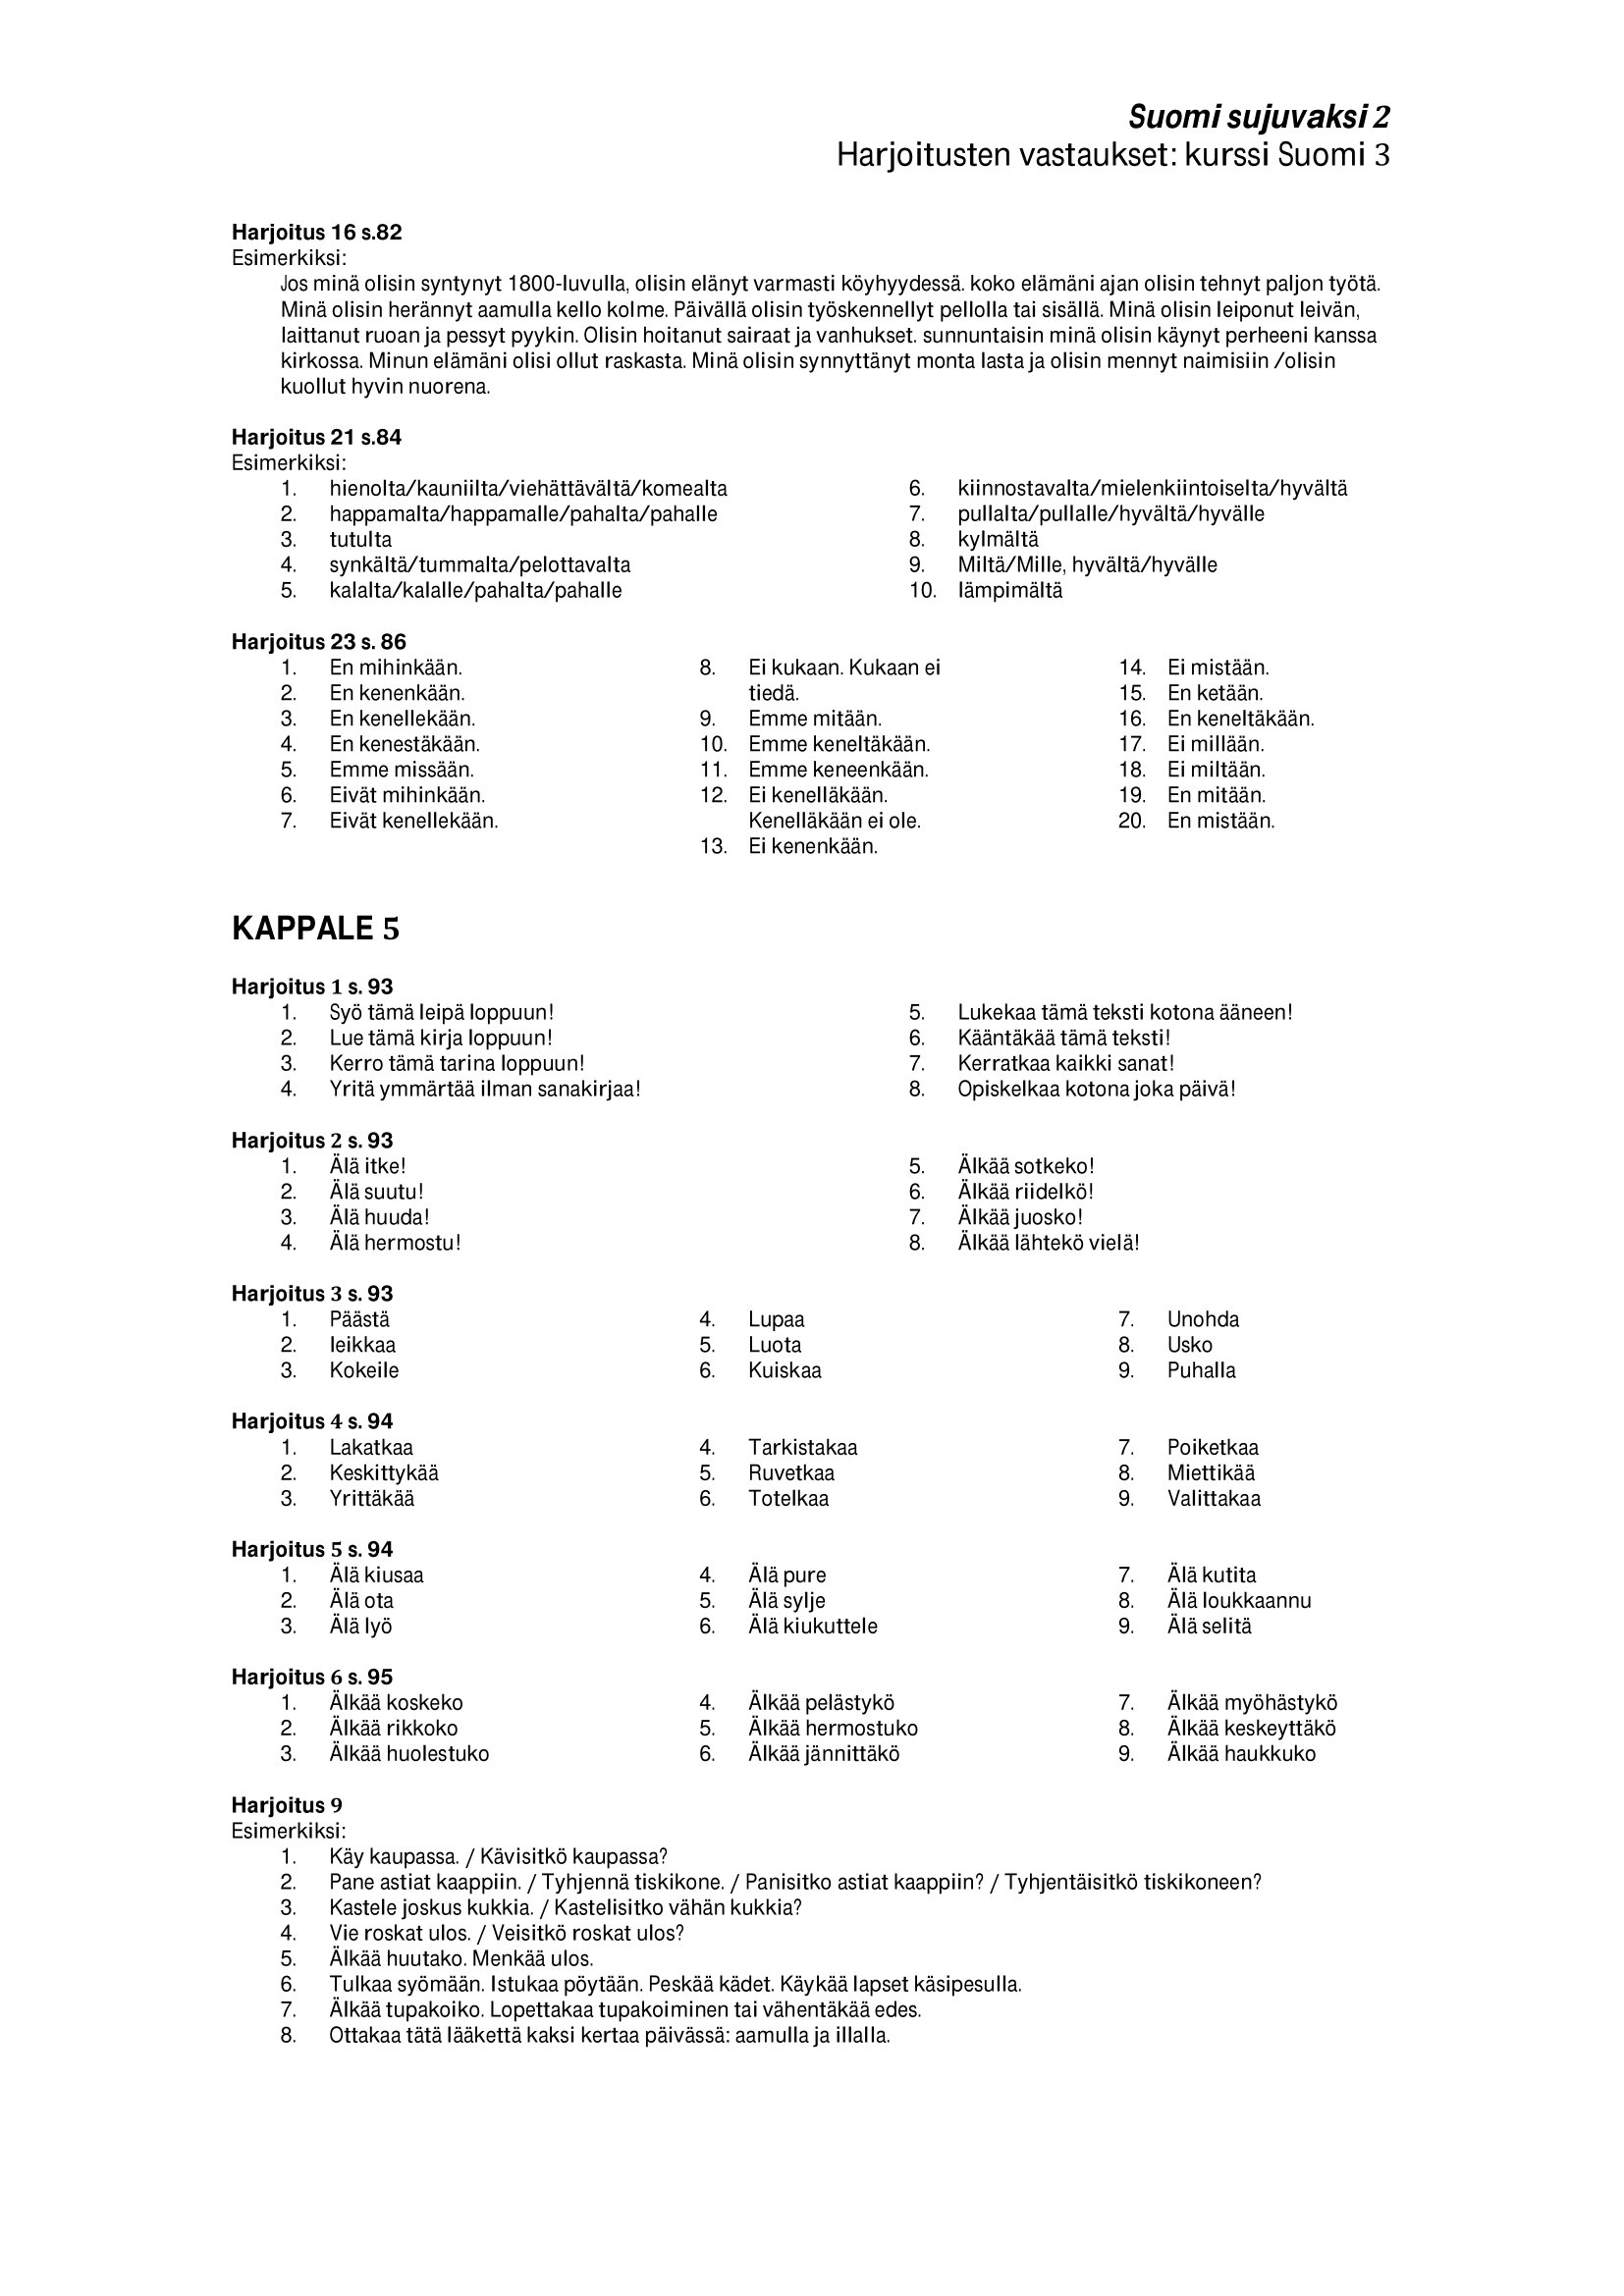
Language: fn